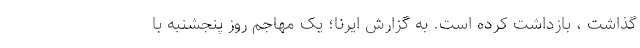
گذاشت ، بازداشت کرده است. به گزارش ایرنا؛ یک مهاجم روز پنجشنبه با